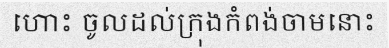
ហោះ ចូលដល់ក្រុងកំពង់ចាមនោះ